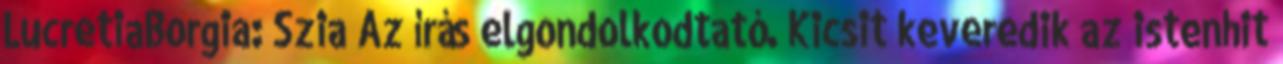
LucretiaBorgia: Szia Az írás elgondolkodtató. Kicsit keveredik az istenhit